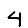
Digit: 4